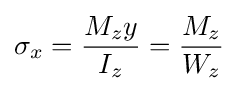
\sigma _{x}={\frac {M_{z}y}{I_{z}}}={\frac {M_{z}}{W_{z}}}